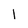
Character: 1